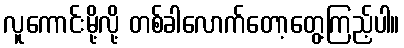
လူကောင်းမို့လို့ တစ်ခါလောက်တော့တွေ့ကြည့်ပါ။